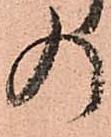
の